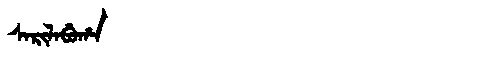
Manchu: ᠰᠠᡵᡳᠯᠠᠪᡠᡥᠠ
Romanization: SARILABUHA